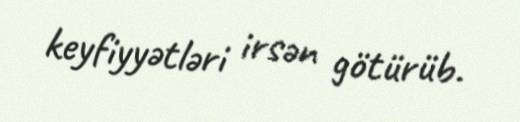
keyfiyyətləri irsən götürüb.